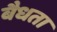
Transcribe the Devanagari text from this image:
बैधता